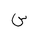
Letter: _sin